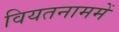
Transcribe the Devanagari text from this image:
वियतनाममें